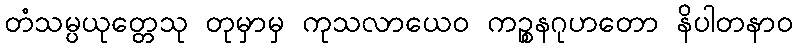
တံသမ္ပယုတ္တေသု တုမှာမှ ကုသလာယေဝ ကဉ္စနဂုဟတော နိပါတနာဝ